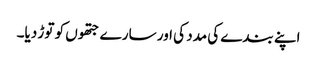
اپنے بندے کی مدد کی اور سارے جتھوں کو توڑ دیا۔